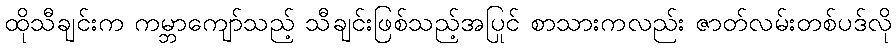
ထိုသီချင်းက ကမ္ဘာကျော်သည့် သီချင်းဖြစ်သည့်အပြင် စာသားကလည်း ဇာတ်လမ်းတစ်ပုဒ်လို